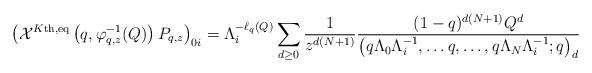
LaTeX: \begin{align*} \left( \mathcal{X}^{K\textnormal{th,eq}}\left(q,\varphi_{q,z}^{-1}(Q)\right) P_{q,z} \right)_{0i} = \Lambda_i^{-\ell_q(Q)} \sum_{d \geq 0} \frac{1}{z^{d(N+1)}} \frac{(1-q)^{d(N+1)}Q^d}{\left(q\Lambda_0 \Lambda_i^{-1}, \dots q, \dots ,q\Lambda_N \Lambda_i^{-1} ;q \right)_d} \end{align*}